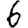
Digit: 6